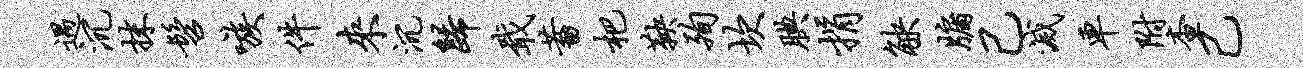
遇沉抹髫嗾件来沉归戢蓄杷鞅殉坎腆捐觖牖己灭车附查己